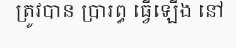
ត្រូវបាន ប្រារព្ធ ធ្វើឡើង នៅ